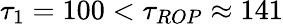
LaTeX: \tau_{1}=100<\tau_{ROP}\approx 141